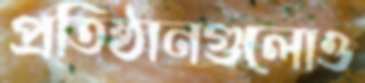
প্রতিষ্ঠানগুলোও